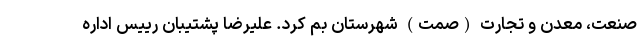
صنعت، معدن و تجارت (صمت) شهرستان بم کرد. علیرضا پشتیبان رییس اداره